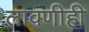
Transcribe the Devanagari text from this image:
लावणीही